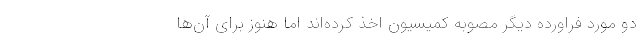
دو مورد فراورده دیگر مصوبه کمیسیون اخذ کرده‌‌اند اما هنوز برای آن‌‌ها